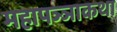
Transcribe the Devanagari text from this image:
महापञ्ञाकथा